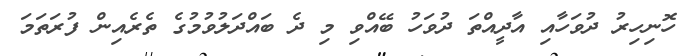
ހޮނިހިރު ދުވަހާއި އާދީއްތަ ދުވަހު ބޭއްވި މި ދެ ބައްދަލުވުމުގެ ތެރެއިން ފުރަތަމަ